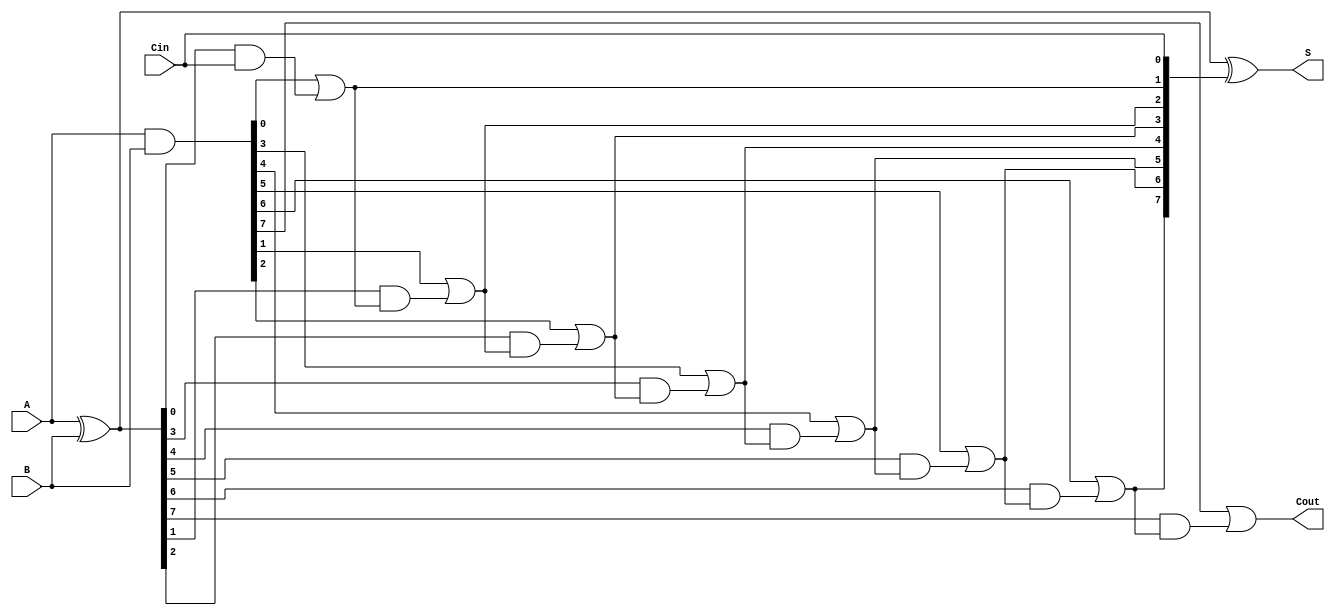
module brent_kung_adder #(parameter N = 8) (
    input  wire [N-1:0] A,      // First operand
    input  wire [N-1:0] B,      // Second operand
    input  wire Cin,             // Carry-in
    output wire [N-1:0] S,       // Sum output
    output wire Cout             // Carry-out
);

    // Generate and propagate signals
    wire [N-1:0] G; // Generate
    wire [N-1:0] P; // Propagate
    wire [N:0] C;   // Carry signals

    // Generate and propagate calculations
    assign G = A & B;          // G[i] = A[i] AND B[i]
    assign P = A ^ B;          // P[i] = A[i] XOR B[i]

    // Carry signal initialization
    assign C[0] = Cin;         // C[0] = Cin

    // Carry generation using Brent-Kung method
    genvar i, j;
    generate
        for (i = 0; i < N; i = i + 1) begin : carry_gen
            if (i == 0) begin
                assign C[i+1] = G[i] | (P[i] & C[i]); // C[1] = G[0] OR (P[0] AND C[0])
            end else begin
                assign C[i+1] = G[i] | (P[i] & C[i]); // General case
            end
        end
    endgenerate

    // Sum generation
    assign S = P ^ C[N-1:0]; // S[i] = P[i] XOR C[i]

    // Carry-out
    assign Cout = C[N]; // Cout = C[n]

endmodule